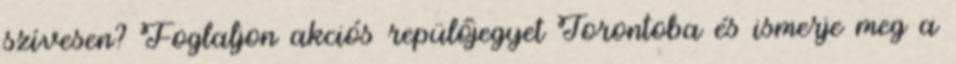
szívesen? Foglaljon akciós repülőjegyet Torontoba és ismerje meg a